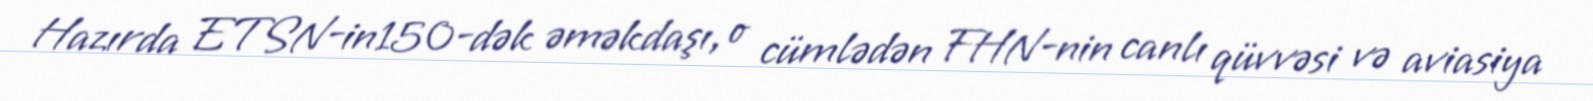
Hazırda ETSN-in150-dək əməkdaşı, o cümlədən FHN-nin canlı qüvvəsi və aviasiya